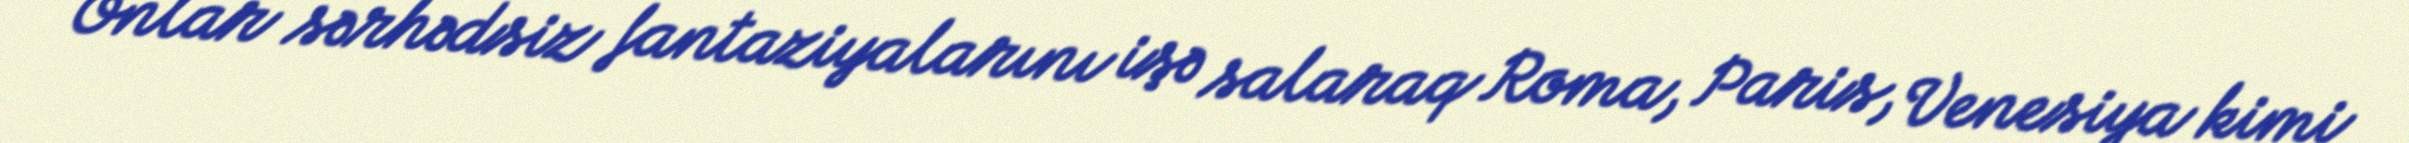
Onlar sərhədsiz fantaziyalarını işə salaraq Roma, Paris, Venesiya kimi